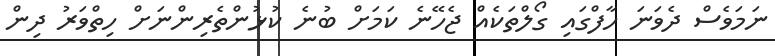
ނަމަވެސް ދެވަނަ ހާފްގައި ގޯލްތަކެއް ޖެހޭނެ ކަމަށް ބުނެ ކުޅުންތެރިންނަށް ހިތްވަރު ދިން